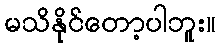
မသိနိုင်တော့ပါဘူး။